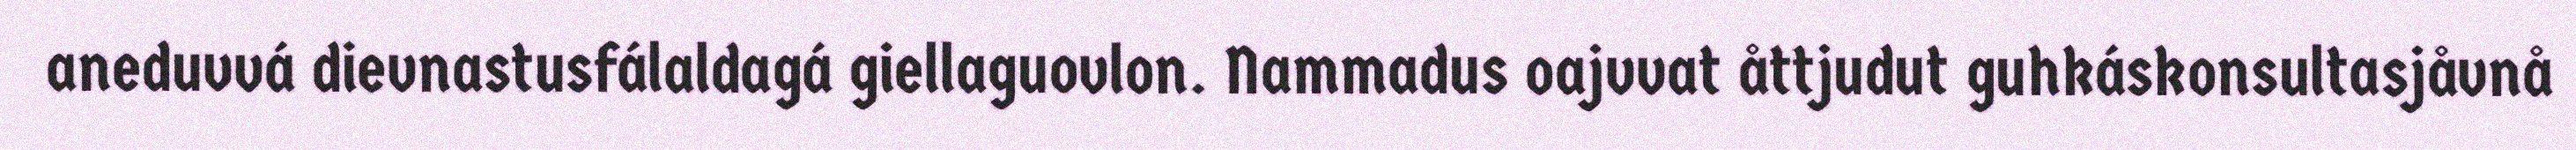
aneduvvá dievnastusfálaldagá giellaguovlon. Nammadus oajvvat åttjudut guhkáskonsultasjåvnå